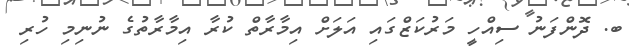
ބ. ދޮންފަނު ސިއްހީ މަރުކަޒްގައި އަލަށް އިމާރާތް ކުރާ އިމާރާތުގެ ނުނިމި ހުރި